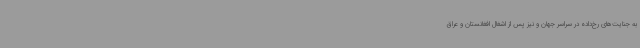
به جنایت‌های رخ‌داده در سراسر جهان و نیز پس از اشغال افغانستان و عراق